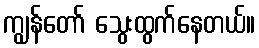
ကျွန်တော် သွေးထွက်နေတယ်။